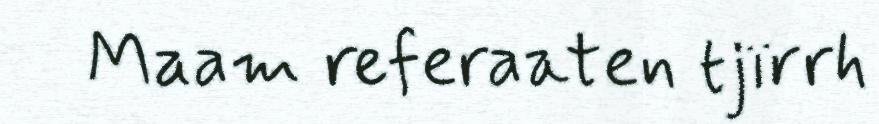
Maam referaaten tjïrrh